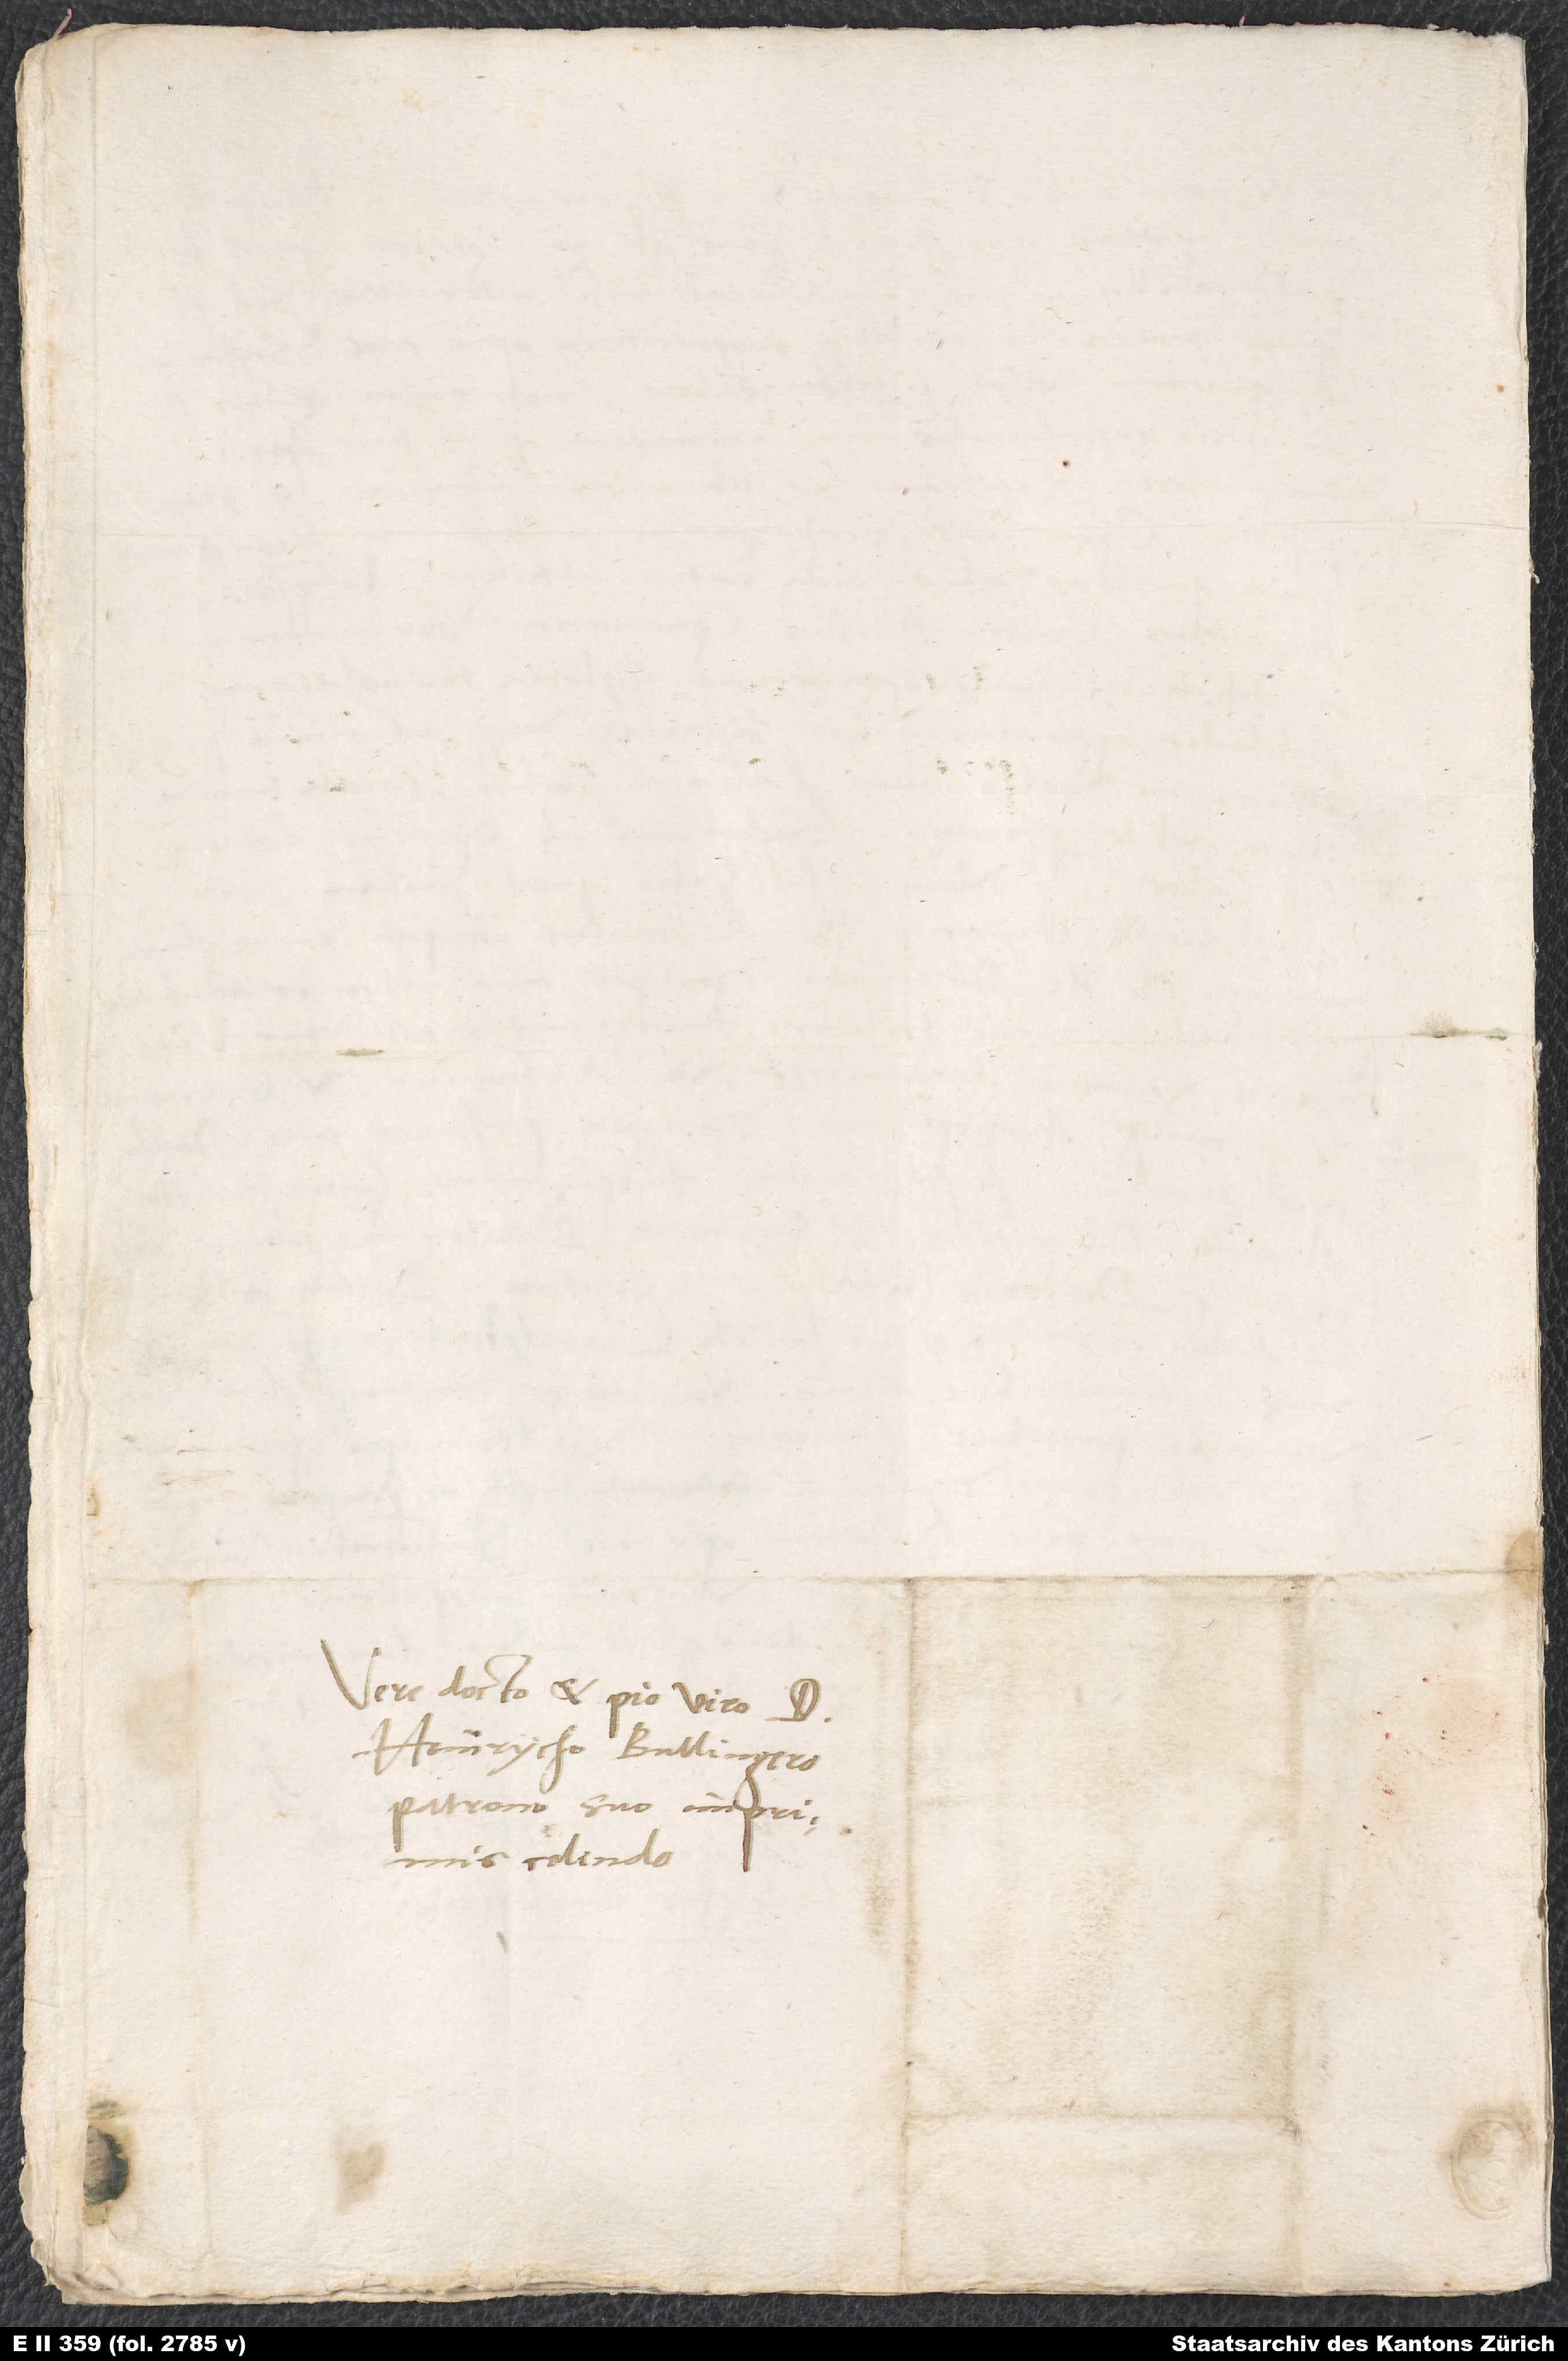
Vere docto et pio viro d.
Heinrycho Bullingero,
patrono suo imprimis
colendo.